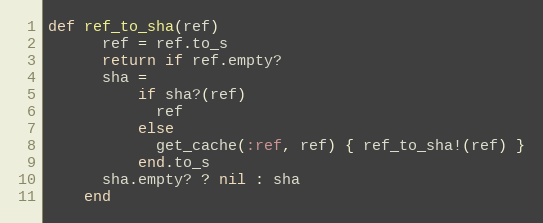
Language: Ruby
def ref_to_sha(ref)
      ref = ref.to_s
      return if ref.empty?
      sha =
          if sha?(ref)
            ref
          else
            get_cache(:ref, ref) { ref_to_sha!(ref) }
          end.to_s
      sha.empty? ? nil : sha
    end